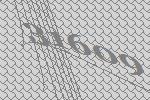
31609